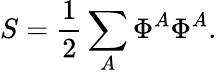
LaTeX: S={\frac{1}{2}}\sum_{A}\Phi^{A}\Phi^{A}.